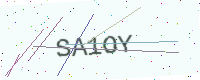
Text: SA1OY